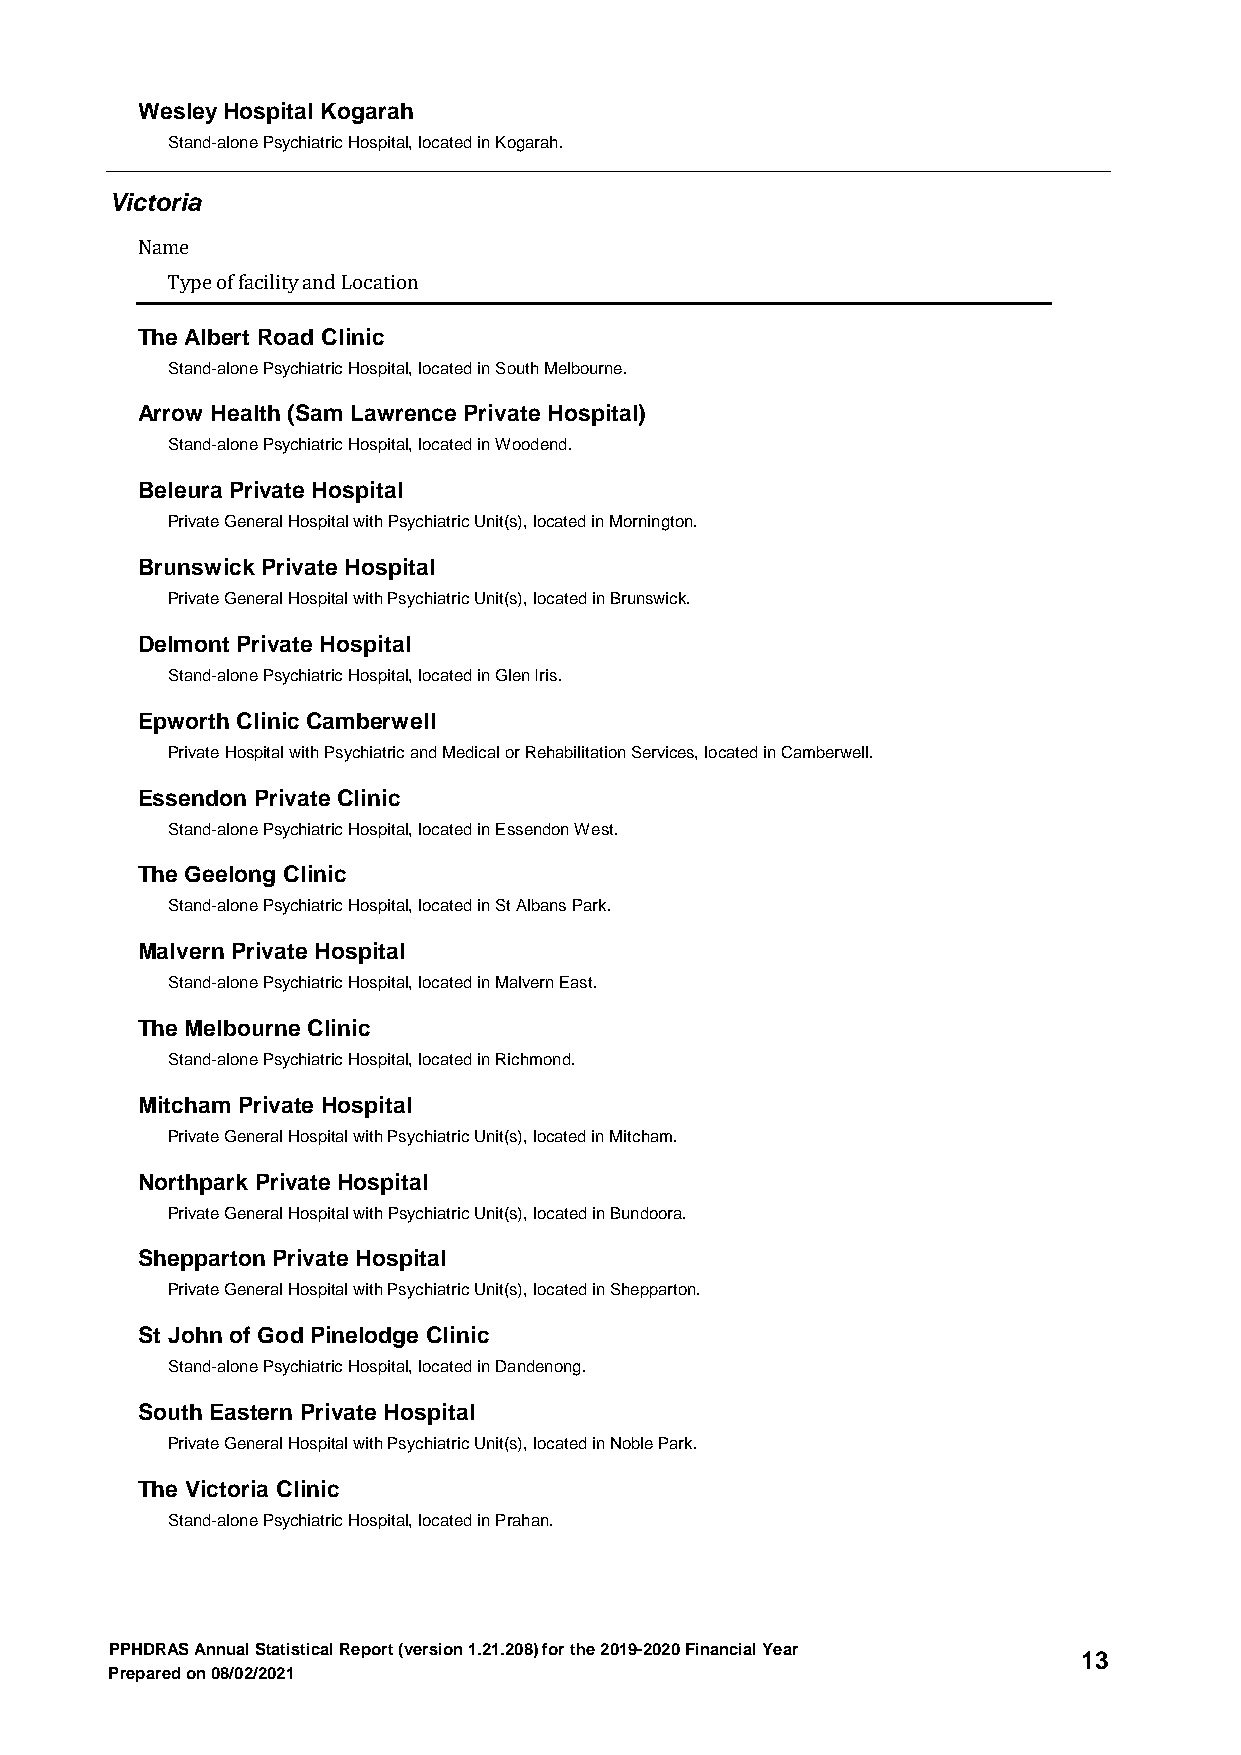
Wesley Hospital Kogarah
 Stand-alone Psychiatric Hospital, located in Kogarah.
 Victoria
 Name
 Type of facility and Location
 The Albert Road Clinic
 Stand-alone Psychiatric Hospital, located in South Melbourne.
 Arrow Health (Sam Lawrence Private Hospital)
 Stand-alone Psychiatric Hospital, located in Woodend.
 Beleura Private Hospital
 Private General Hospital with Psychiatric Unit(s), located in Mornington.
 Brunswick Private Hospital
 Private General Hospital with Psychiatric Unit(s), located in Brunswick.
 Delmont Private Hospital
 Stand-alone Psychiatric Hospital, located in Glen Iris.
 Epworth Clinic Camberwell
 Private Hospital with Psychiatric and Medical or Rehabilitation Services, located in Camberwell.
 Essendon Private Clinic
 Stand-alone Psychiatric Hospital, located in Essendon West.
 The Geelong Clinic
 Stand-alone Psychiatric Hospital, located in St Albans Park.
 Malvern Private Hospital
 Stand-alone Psychiatric Hospital, located in Malvern East.
 The Melbourne Clinic
 Stand-alone Psychiatric Hospital, located in Richmond.
 Mitcham Private Hospital
 Private General Hospital with Psychiatric Unit(s), located in Mitcham.
 Northpark Private Hospital
 Private General Hospital with Psychiatric Unit(s), located in Bundoora.
 Shepparton Private Hospital
 Private General Hospital with Psychiatric Unit(s), located in Shepparton.
 St John of God Pinelodge Clinic
 Stand-alone Psychiatric Hospital, located in Dandenong.
 South Eastern Private Hospital
 Private General Hospital with Psychiatric Unit(s), located in Noble Park.
 The Victoria Clinic
 Stand-alone Psychiatric Hospital, located in Prahan.
 PPHDRAS Annual Statistical Report (version 1.21.208) for the 2019-2020 Financial Year
 13
 Prepared on 08/02/2021